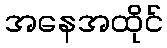
အနေအထိုင်